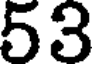
53